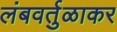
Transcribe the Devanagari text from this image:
लंबवर्तुळाकर